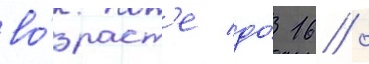
во́зраст'е до́ 16 /